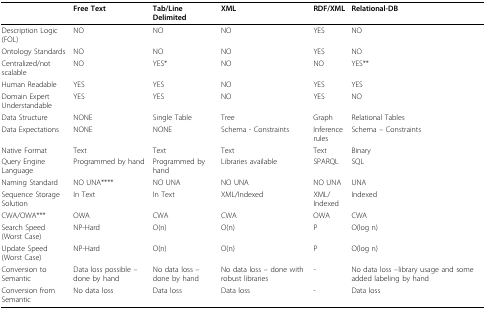
<table><thead><tr><td></td><td><b>Free Text</b></td><td><b>Tab/Line Delimited</b></td><td><b>XML</b></td><td><b>RDF/XML</b></td><td><b>Relational-DB</b></td></tr></thead><tbody><tr><td>Description Logic (FOL)</td><td>NO</td><td>NO</td><td>NO</td><td>YES</td><td>NO</td></tr><tr><td>Ontology Standards</td><td>NO</td><td>NO</td><td>NO</td><td>YES</td><td>NO</td></tr><tr><td>Centralized/not scalable</td><td>NO</td><td>YES*</td><td>NO</td><td>NO</td><td>YES** </td></tr><tr><td>Human Readable</td><td>YES</td><td>YES</td><td>NO</td><td>YES</td><td>YES</td></tr><tr><td>Domain Expert Understandable</td><td>YES</td><td>YES</td><td>NO</td><td>YES</td><td>NO</td></tr><tr><td>Data Structure</td><td>NONE </td><td>Single Table</td><td>Tree</td><td>Graph</td><td>Relational Tables</td></tr><tr><td>Data Expectations</td><td>NONE</td><td>NONE</td><td>Schema - Constraints</td><td>Inference rules</td><td>Schema – Constraints</td></tr><tr><td>Native Format</td><td>Text</td><td>Text</td><td>Text</td><td>Text</td><td>Binary</td></tr><tr><td>Query Engine Language</td><td>Programmed by hand</td><td>Programmed by hand</td><td>Libraries available</td><td>SPARQL</td><td>SQL</td></tr><tr><td>Naming Standard</td><td>NO UNA****</td><td>NO UNA</td><td>NO UNA</td><td>NO UNA</td><td>UNA</td></tr><tr><td>Sequence Storage Solution</td><td>In Text</td><td>In Text</td><td>XML/Indexed</td><td>XML/Indexed</td><td>Indexed</td></tr><tr><td>CWA/OWA***</td><td>OWA</td><td>CWA</td><td>CWA</td><td>OWA</td><td>CWA</td></tr><tr><td>Search Speed (Worst Case)</td><td>NP-Hard</td><td>O(n)</td><td>O(n)</td><td>P</td><td>O(log n)</td></tr><tr><td>Update Speed (Worst Case)</td><td>NP-Hard</td><td>O(n)</td><td>O(n)</td><td>P</td><td>O(log n)</td></tr><tr><td>Conversion to Semantic</td><td>Data loss possible – done by hand</td><td>No data loss – done by hand</td><td>No data loss – done with robust libraries</td><td>-</td><td>No data loss –library usage and some added labeling by hand</td></tr><tr><td>Conversion from Semantic</td><td>No data loss</td><td>Data loss</td><td>Data loss</td><td>-</td><td>Data loss</td></tr></tbody></table>